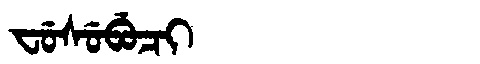
Manchu: ᠸᡠᠰᡠᠪᡠᠴᡳ
Romanization: FUSUBUCI